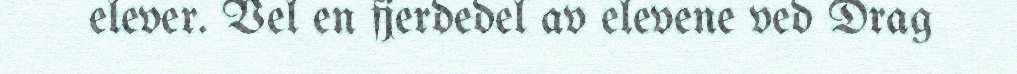
elever. Vel en fjerdedel av elevene ved Drag